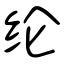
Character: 纶